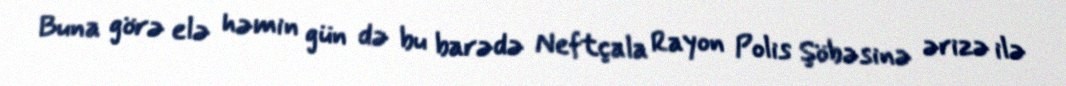
Buna görə elə həmin gün də bu barədə Neftçala Rayon Polis Şöbəsinə ərizə ilə